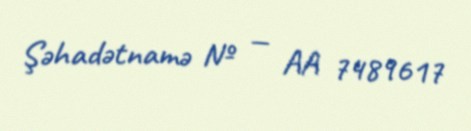
Şəhadətnamə № — AA 7489617